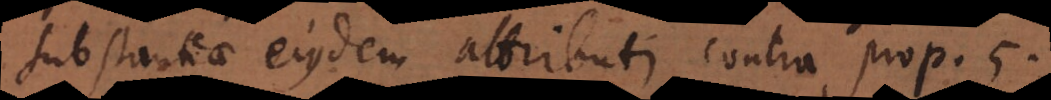
substantiae eiusdem attributi contra prop.